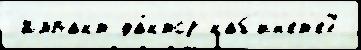
 Импакт-фа́ктор каб'ин'ет'е7